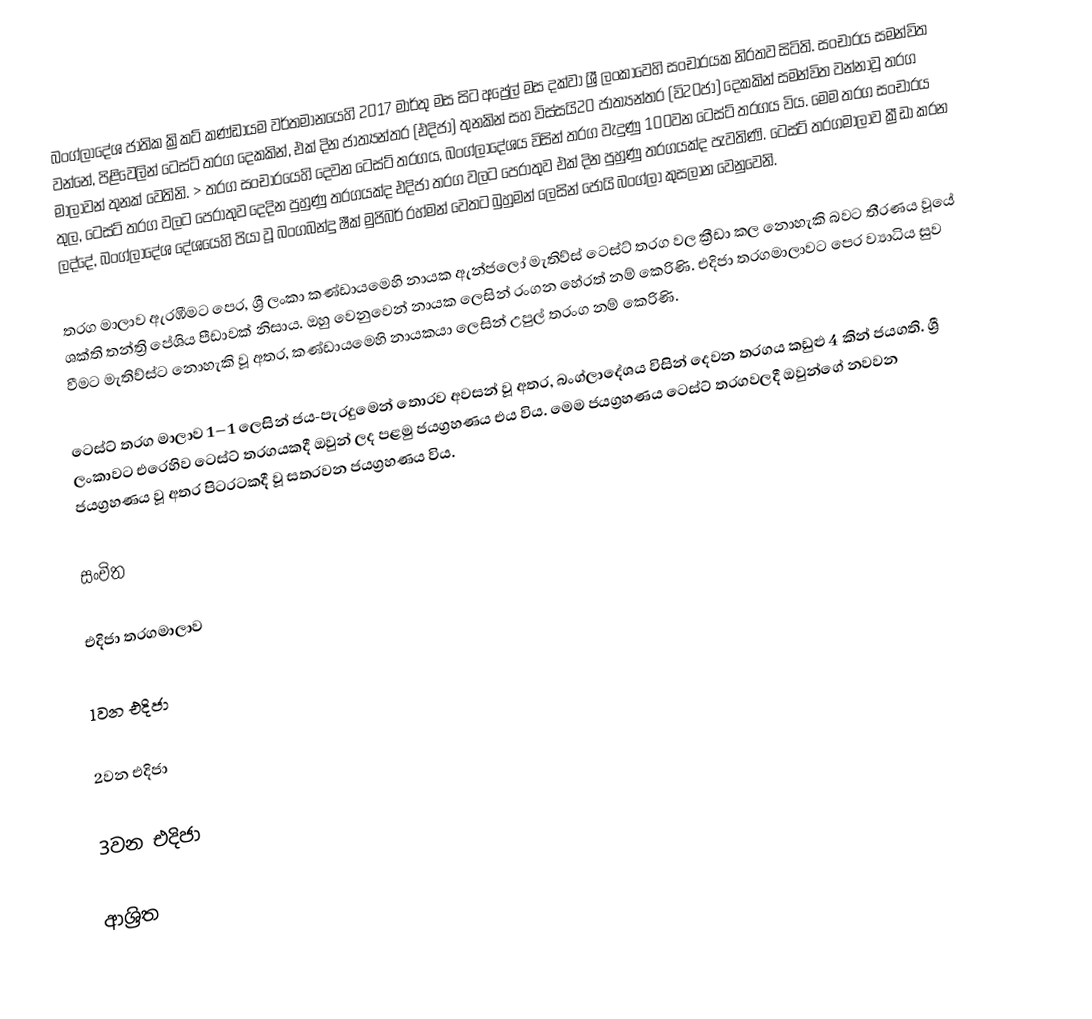
බංග්ලාදේශ ජාතික ක්‍රිකට් කණ්ඩායම වර්තමානයෙහි  2017 මාර්තු මස සිට අප්‍රේල් මස දක්වා ශ්‍රී ලංකාවෙහි සංචාරයක නිරතව සිටිති. සංචාරය සමන්විත වන්නේ, පිළිවෙලින් ටෙස්ට් තරග දෙකකින්, එක් දින ජාත්‍යන්තර  (එදිජා) තුනකින් සහ  විස්සයි20 ජාත්‍යන්තර (වි20ජා) දෙකකින් සමන්විත වන්නාවූ තරග මාලාවන් තුනක් වෙතිනි. > තරග සංචාරයෙහි දෙවන ටෙස්ට් තරගය, බංග්ලාදේශය විසින් තරග වැදුණු 100වන ටෙස්ට් තරගය විය.  මෙම තරග සංචාරය තුල, ටෙස්ට් තරග වලට පෙරාතුව දෙදින පුහුණු තරගයක්ද එදිජා තරග වලට පෙරාතුව එක් දින පුහුණු තරගයක්ද පැවතිණි.  ටෙස්ට් තරගමාලාව ක්‍රීඩා කරන ලද්දේ,  බංග්ලාදේශ දේශයෙහි පියා වූ බංගබන්දු ෂීක් මුජිබර් රහ්මන් වෙතට බුහුමන් ලෙසින් ජෝයි බංග්ලා කුසලාන වෙනුවෙනි.

තරග මාලාව ඇරඹීමට පෙර, ශ්‍රී ලංකා කණ්ඩායමෙහි නායක ඇන්ජලෝ මැතිව්ස් ටෙස්ට් තරග වල ක්‍රීඩා කල නොහැකි බවට තීරණය වූයේ ශක්ති තන්ත්‍රි පේශිය පීඩාවක් නිසාය.  ඔහු වෙනුවෙන් නායක ලෙසින් රංගන හේරත් නම් කෙරිණි.   එදිජා තරගමාලාවට පෙර ව්‍යාධිය සුව වීමට මැතිව්ස්ට නොහැකි වූ අතර, කණ්ඩායමෙහි නායකයා ලෙසින් උපුල් තරංග නම් කෙරිණි.

ටෙස්ට් තරග මාලාව 1–1 ලෙසින් ජය-පැරදුමෙන් තොරව අවසන් වූ අතර, බංග්ලාදේශය විසින් දෙවන තරගය කඩුළු  4 කින් ජයගති. ශ්‍රී ලංකාවට එරෙහිව ටෙස්ට් තරගයකදී ඔවුන් ලද පළමු ජයග්‍රහණය එය විය. මෙම ජයග්‍රහණය ටෙස්ට් තරගවලදී ඔවුන්ගේ නවවන ජයග්‍රහණය වූ අතර පිටරටකදී වූ සතරවන ජයග්‍රහණය විය.

සංචිත

එදිජා තරගමාලාව

1වන එදිජා

2වන එදිජා

3වන එදිජා

ආශ්‍රිත